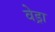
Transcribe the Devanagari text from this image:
वेड्रा